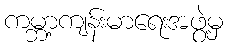
ကမ္ဘာ့ကျန်းမာရေးအဖွဲ့မှ